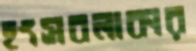
হংসবলাকার